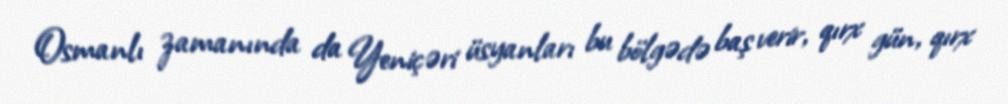
Osmanlı zamanında da Yeniçəri üsyanları bu bölgədə baş verir, qırx gün, qırx